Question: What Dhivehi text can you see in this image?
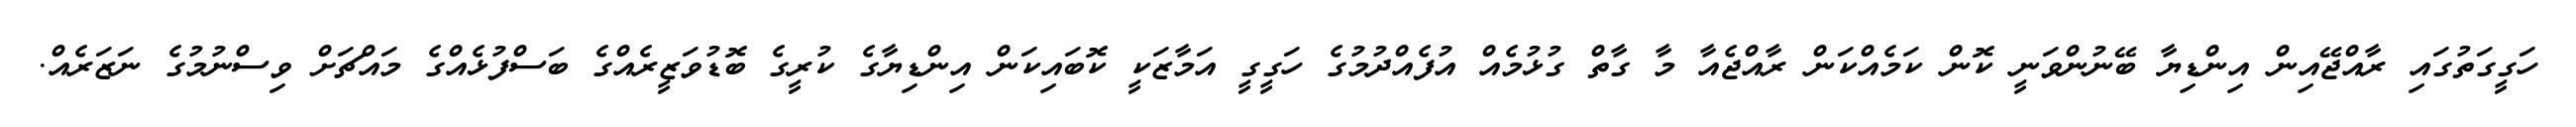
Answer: ހަގީގަތުގައި ރާއްޖޭއިން އިންޑިޔާ ބޭނުންވަނީ ކޮން ކަމެއްކަން ރާއްޖެއާ މާ ގާތް ގުޅުމެއް އުފެއްދުމުގެ ހަގީގީ އަމާޒަކީ ކޮބައިކަން އިންޑިޔާގެ ކުރީގެ ބޮޑުވަޒީރެއްގެ ބަސްފުޅެއްގެ މައްޗަށް ވިސްނުމުގެ ނަޒަރެއް.